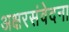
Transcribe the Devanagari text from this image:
अक्षरसंवेदना